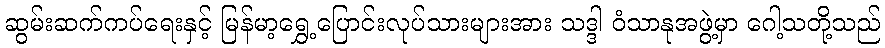
ဆွမ်းဆက်ကပ်ရေးနှင့် မြန်မာ့ရွှေ့ပြောင်းလုပ်သားများအား သဒ္ဒါ ဝံသာနုအဖွဲ့မှာ ဂေါ့သတို့သည်